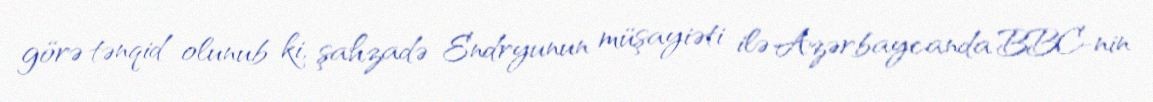
görə tənqid olunub ki, şahzadə Endryunun müşayiəti ilə Azərbaycanda BBC-nin